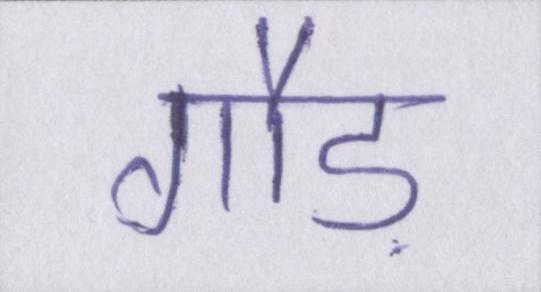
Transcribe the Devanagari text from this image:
गौड़